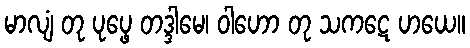
မာလျံ တု ပုပ္ဖေ တဒ္ဒါမေ၊ ဝါဟော တု သကဋေ ဟယေ။